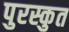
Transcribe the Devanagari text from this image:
पुरस्कुत